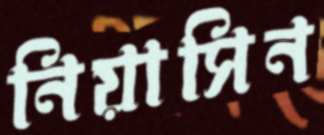
নিয়াসিন